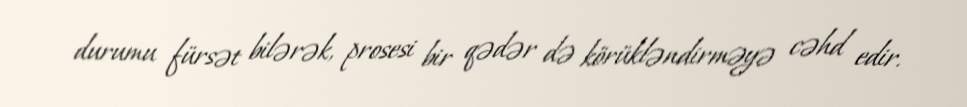
durumu fürsət bilərək, prosesi bir qədər də körükləndirməyə cəhd edir.